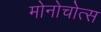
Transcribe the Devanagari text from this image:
मोनोचोत्स